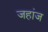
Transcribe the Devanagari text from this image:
जहांज